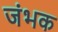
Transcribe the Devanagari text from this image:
जंभक